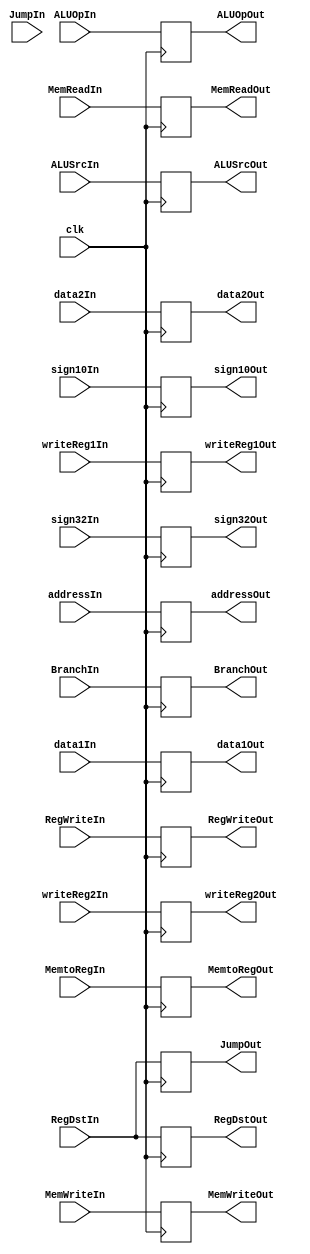
module IDEX(RegDstOut, JumpOut, BranchOut, MemReadOut, MemtoRegOut, ALUOpOut, MemWriteOut, ALUSrcOut, RegWriteOut,
addressOut,
data1Out, data2Out,
sign32Out, sign10Out,
writeReg1Out, writeReg2Out,
RegDstIn, JumpIn, BranchIn, MemReadIn, MemtoRegIn, ALUOpIn, MemWriteIn, ALUSrcIn, RegWriteIn,
addressIn,
data1In, data2In,
sign32In, sign10In,
writeReg1In, writeReg2In,
clk);

output reg RegDstOut, JumpOut, BranchOut, MemReadOut, MemtoRegOut, MemWriteOut, ALUSrcOut, RegWriteOut;
output reg [1:0] ALUOpOut;
output reg [9:0] addressOut, sign10Out;
output reg [31:0] data1Out, data2Out;
output reg [31:0] sign32Out;
output reg [4:0] writeReg1Out, writeReg2Out;
input RegDstIn, JumpIn, BranchIn, MemReadIn, MemtoRegIn, MemWriteIn, ALUSrcIn, RegWriteIn, clk;
input [1:0] ALUOpIn;
input [9:0] addressIn, sign10In;
input [31:0] data1In, data2In;
input [31:0] sign32In;
input [4:0] writeReg1In, writeReg2In;


always @ (posedge clk)
begin
	RegDstOut <= RegDstIn;
	JumpOut <= RegDstIn;
	BranchOut <= BranchIn;
	MemReadOut <= MemReadIn;
	MemtoRegOut <= MemtoRegIn;
	MemWriteOut <= MemWriteIn;
	ALUSrcOut <= ALUSrcIn;
	RegWriteOut <= RegWriteIn;
	ALUOpOut <= ALUOpIn;
	addressOut <= addressIn;
	sign10Out <= sign10In;
	data1Out <= data1In;
	data2Out <= data2In;
	sign32Out <= sign32In;
	writeReg1Out <= writeReg1In;
	writeReg2Out <= writeReg2In;
	
	
end

endmodule